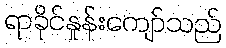
ရာခိုင်နှုန်းကျော်သည်